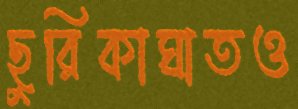
ছুরিকাঘাতও